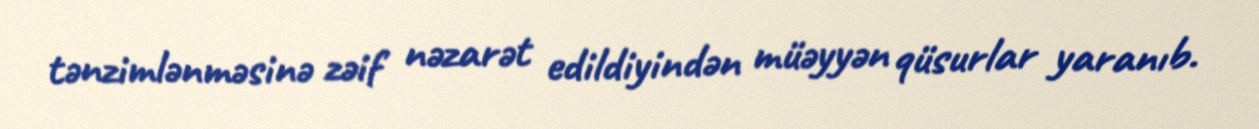
tənzimlənməsinə zəif nəzarət edildiyindən müəyyən qüsurlar yaranıb.